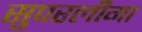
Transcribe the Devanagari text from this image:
सुपरलीगा